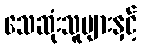
သေဆုံးသူများနှင့်